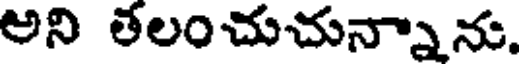
అని తలంచుచున్నాను.